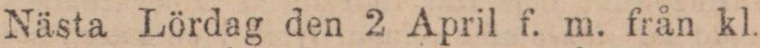
Nästa Lördag den 2 April f. m. från kl.